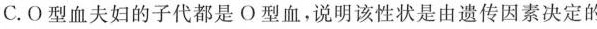
C.O型血夫妇的子代都是O型血，说明该性状是由遗传因素决定的